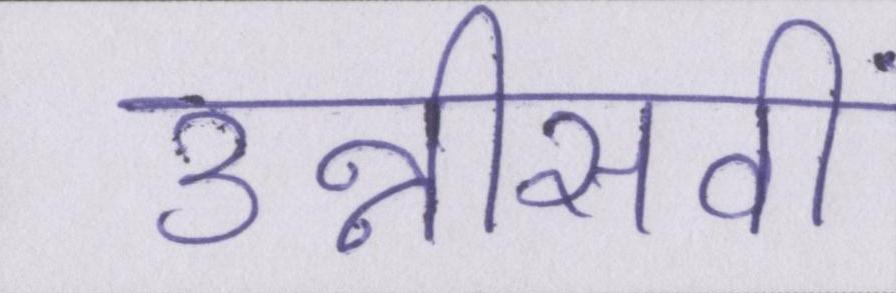
उन्नीसवीं